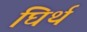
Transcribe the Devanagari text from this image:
घिर्थ